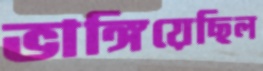
ভাঙ্গিয়েছিল